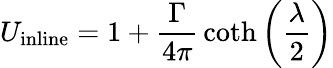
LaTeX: U_{\mathrm{inline}}=1+{\frac{\Gamma}{4\pi}}\coth\left({\frac{\lambda}{2}}\right)